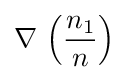
\nabla \,\left({\frac {n_{1}}{n}}\right)